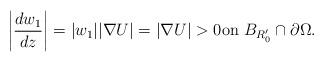
LaTeX: \begin{align*}\left|\frac{dw_1}{dz}\right|=|w_1||\nabla U|=|\nabla U|>0\mbox{on $B_{R_0'}\cap\partial\Omega$}. \end{align*}